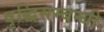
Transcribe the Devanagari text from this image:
वृद्धिसम्बन्धी